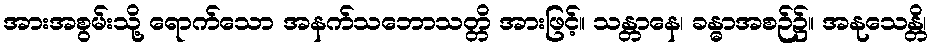
အားအစွမ်းသို့ ရောက်သော အနက်သဘောသတ္တိ အားဖြင့်။ သန္တာနေ၊ ခန္ဓာအစဉ်၌။ အနုသေန္တိ၊